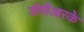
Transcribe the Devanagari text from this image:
डीपीआरके